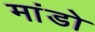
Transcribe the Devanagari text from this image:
मांडो